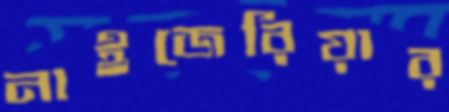
নাইজেরিয়ার